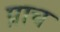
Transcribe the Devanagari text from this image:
प्राच